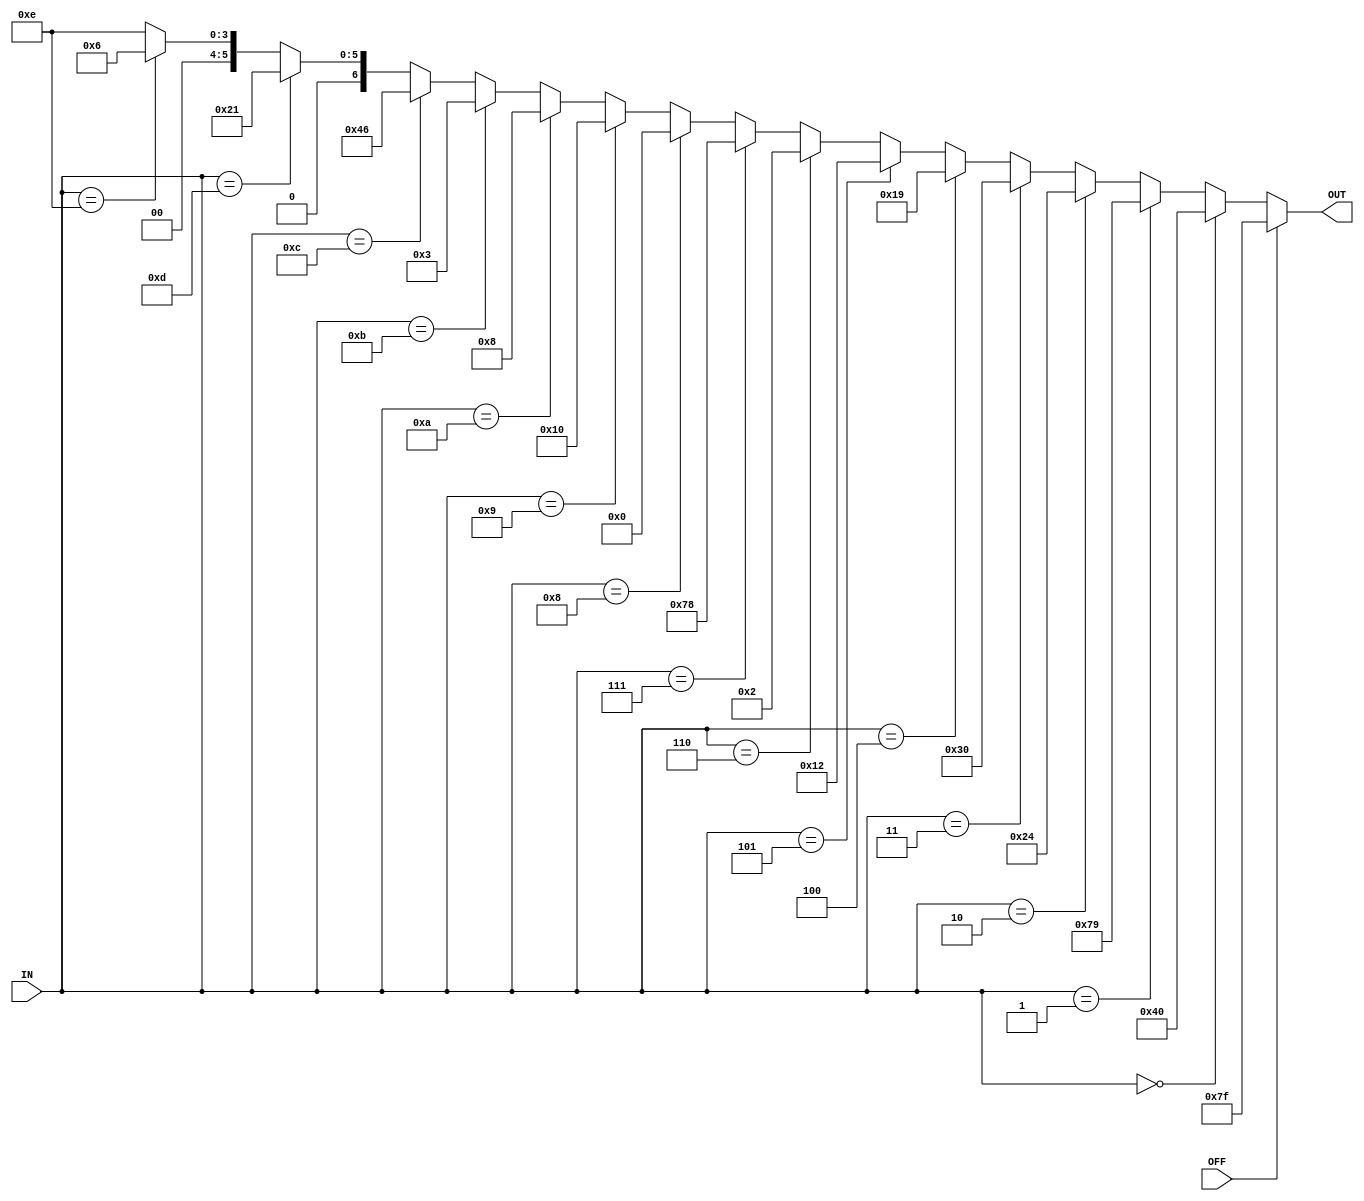
module SevenSeg(output [6:0] OUT, input [3:0] IN, input OFF);
assign OUT =
  (OFF)        ? 7'b1111111 :
  (IN == 4'h0) ? 7'b1000000 :
  (IN == 4'h1) ? 7'b1111001 :
  (IN == 4'h2) ? 7'b0100100 :
  (IN == 4'h3) ? 7'b0110000 :
  (IN == 4'h4) ? 7'b0011001 :
  (IN == 4'h5) ? 7'b0010010 :
  (IN == 4'h6) ? 7'b0000010 :
  (IN == 4'h7) ? 7'b1111000 :
  (IN == 4'h8) ? 7'b0000000 :
  (IN == 4'h9) ? 7'b0010000 :
  (IN == 4'hA) ? 7'b0001000 :
  (IN == 4'hb) ? 7'b0000011 :
  (IN == 4'hc) ? 7'b1000110 :
  (IN == 4'hd) ? 7'b0100001 :
  (IN == 4'he) ? 7'b0000110 :
  /*IN == 4'hf*/ 7'b0001110 ;
endmodule